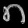
Digit: ၈